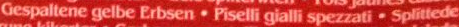
Gespaltene gelbe Erbsen.Piselli gialli spezzati.Splittede